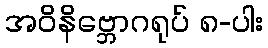
အဝိနိဗ္ဘောဂရုပ် ၈-ပါး